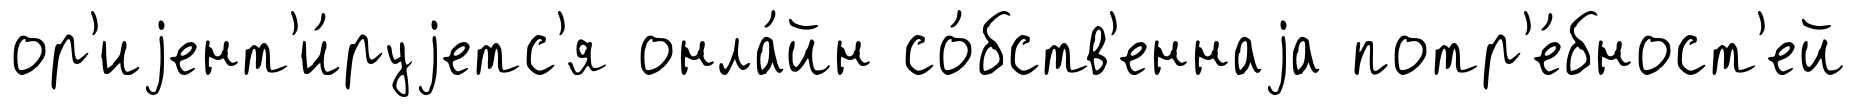
ор'иjент'и́руjетс'я онла́йн со́бств'еннаjа потр'е́бност'ей